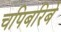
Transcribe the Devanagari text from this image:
चपिबरिबे